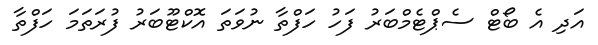
އަދި އެ ބޯޓް ސެޕްޓެމްބަރު ފަހު ހަފްތާ ނުވަތަ އޮކްޓޫބަރު ފުރަތަމަ ހަފްތާ